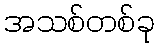
အသစ်တစ်ခု